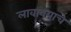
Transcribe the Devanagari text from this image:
लावावयाचे